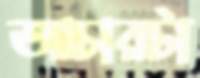
আচারটা